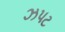
ઝપટ